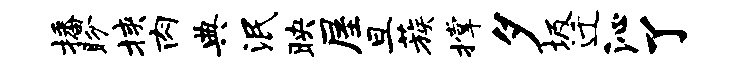
播盼挟肉典泯映屋旦蔟撑夕圾迁沁了